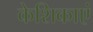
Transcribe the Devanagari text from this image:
केशिकाएं